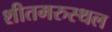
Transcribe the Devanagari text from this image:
शीतमरुस्थल